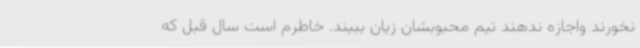
نخورند واجازه ندهند تیم محبوبشان زیان ببیند. خاطرم است سال قبل که